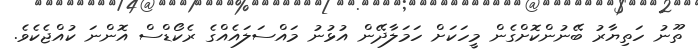
ތޫނު ހަތިޔާރު ބޭނުންކޮށްގެން މީހަކަށް ހަމަލާދޭން އުޅުނު މައްސަލައެއްގެ ރެކޯޑްސް އޮންނަ ކުއްޖެކެވެ.